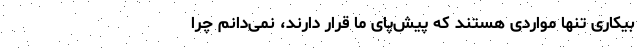
بیکاری تنها مواردی هستند که پیشِ‌پای ما قرار دارند، نمی‌دانم چرا